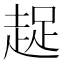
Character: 趗